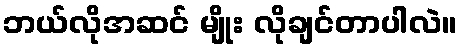
ဘယ်လိုအဆင် မျိုး လိုချင်တာပါလဲ။